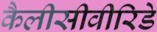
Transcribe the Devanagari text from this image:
कैलीसीवीरिडे